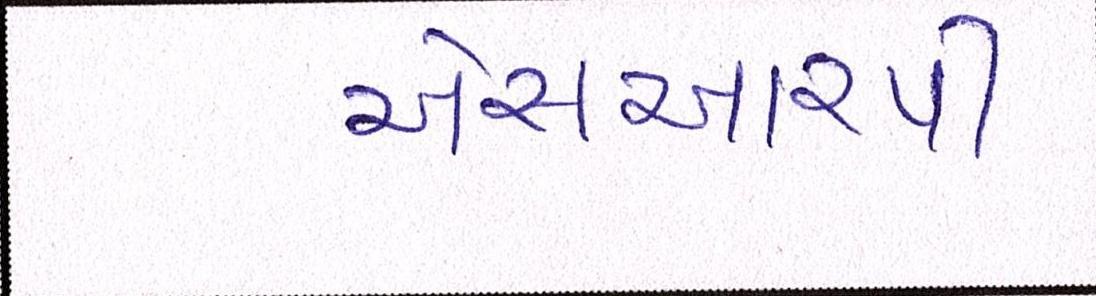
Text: એસઆરપી